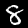
Label: 8